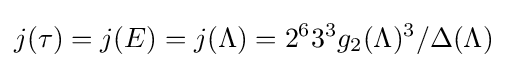
j(\tau )=j(E)=j(\Lambda )=2^{6}3^{3}g_{2}(\Lambda )^{3}/\Delta (\Lambda )\